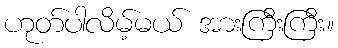
ဟုတ်ပါလိမ့်မယ် အားကြီးကြီး။